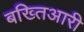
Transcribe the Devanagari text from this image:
बख्तिआरी